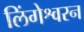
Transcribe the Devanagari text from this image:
लिंगेश्वरन